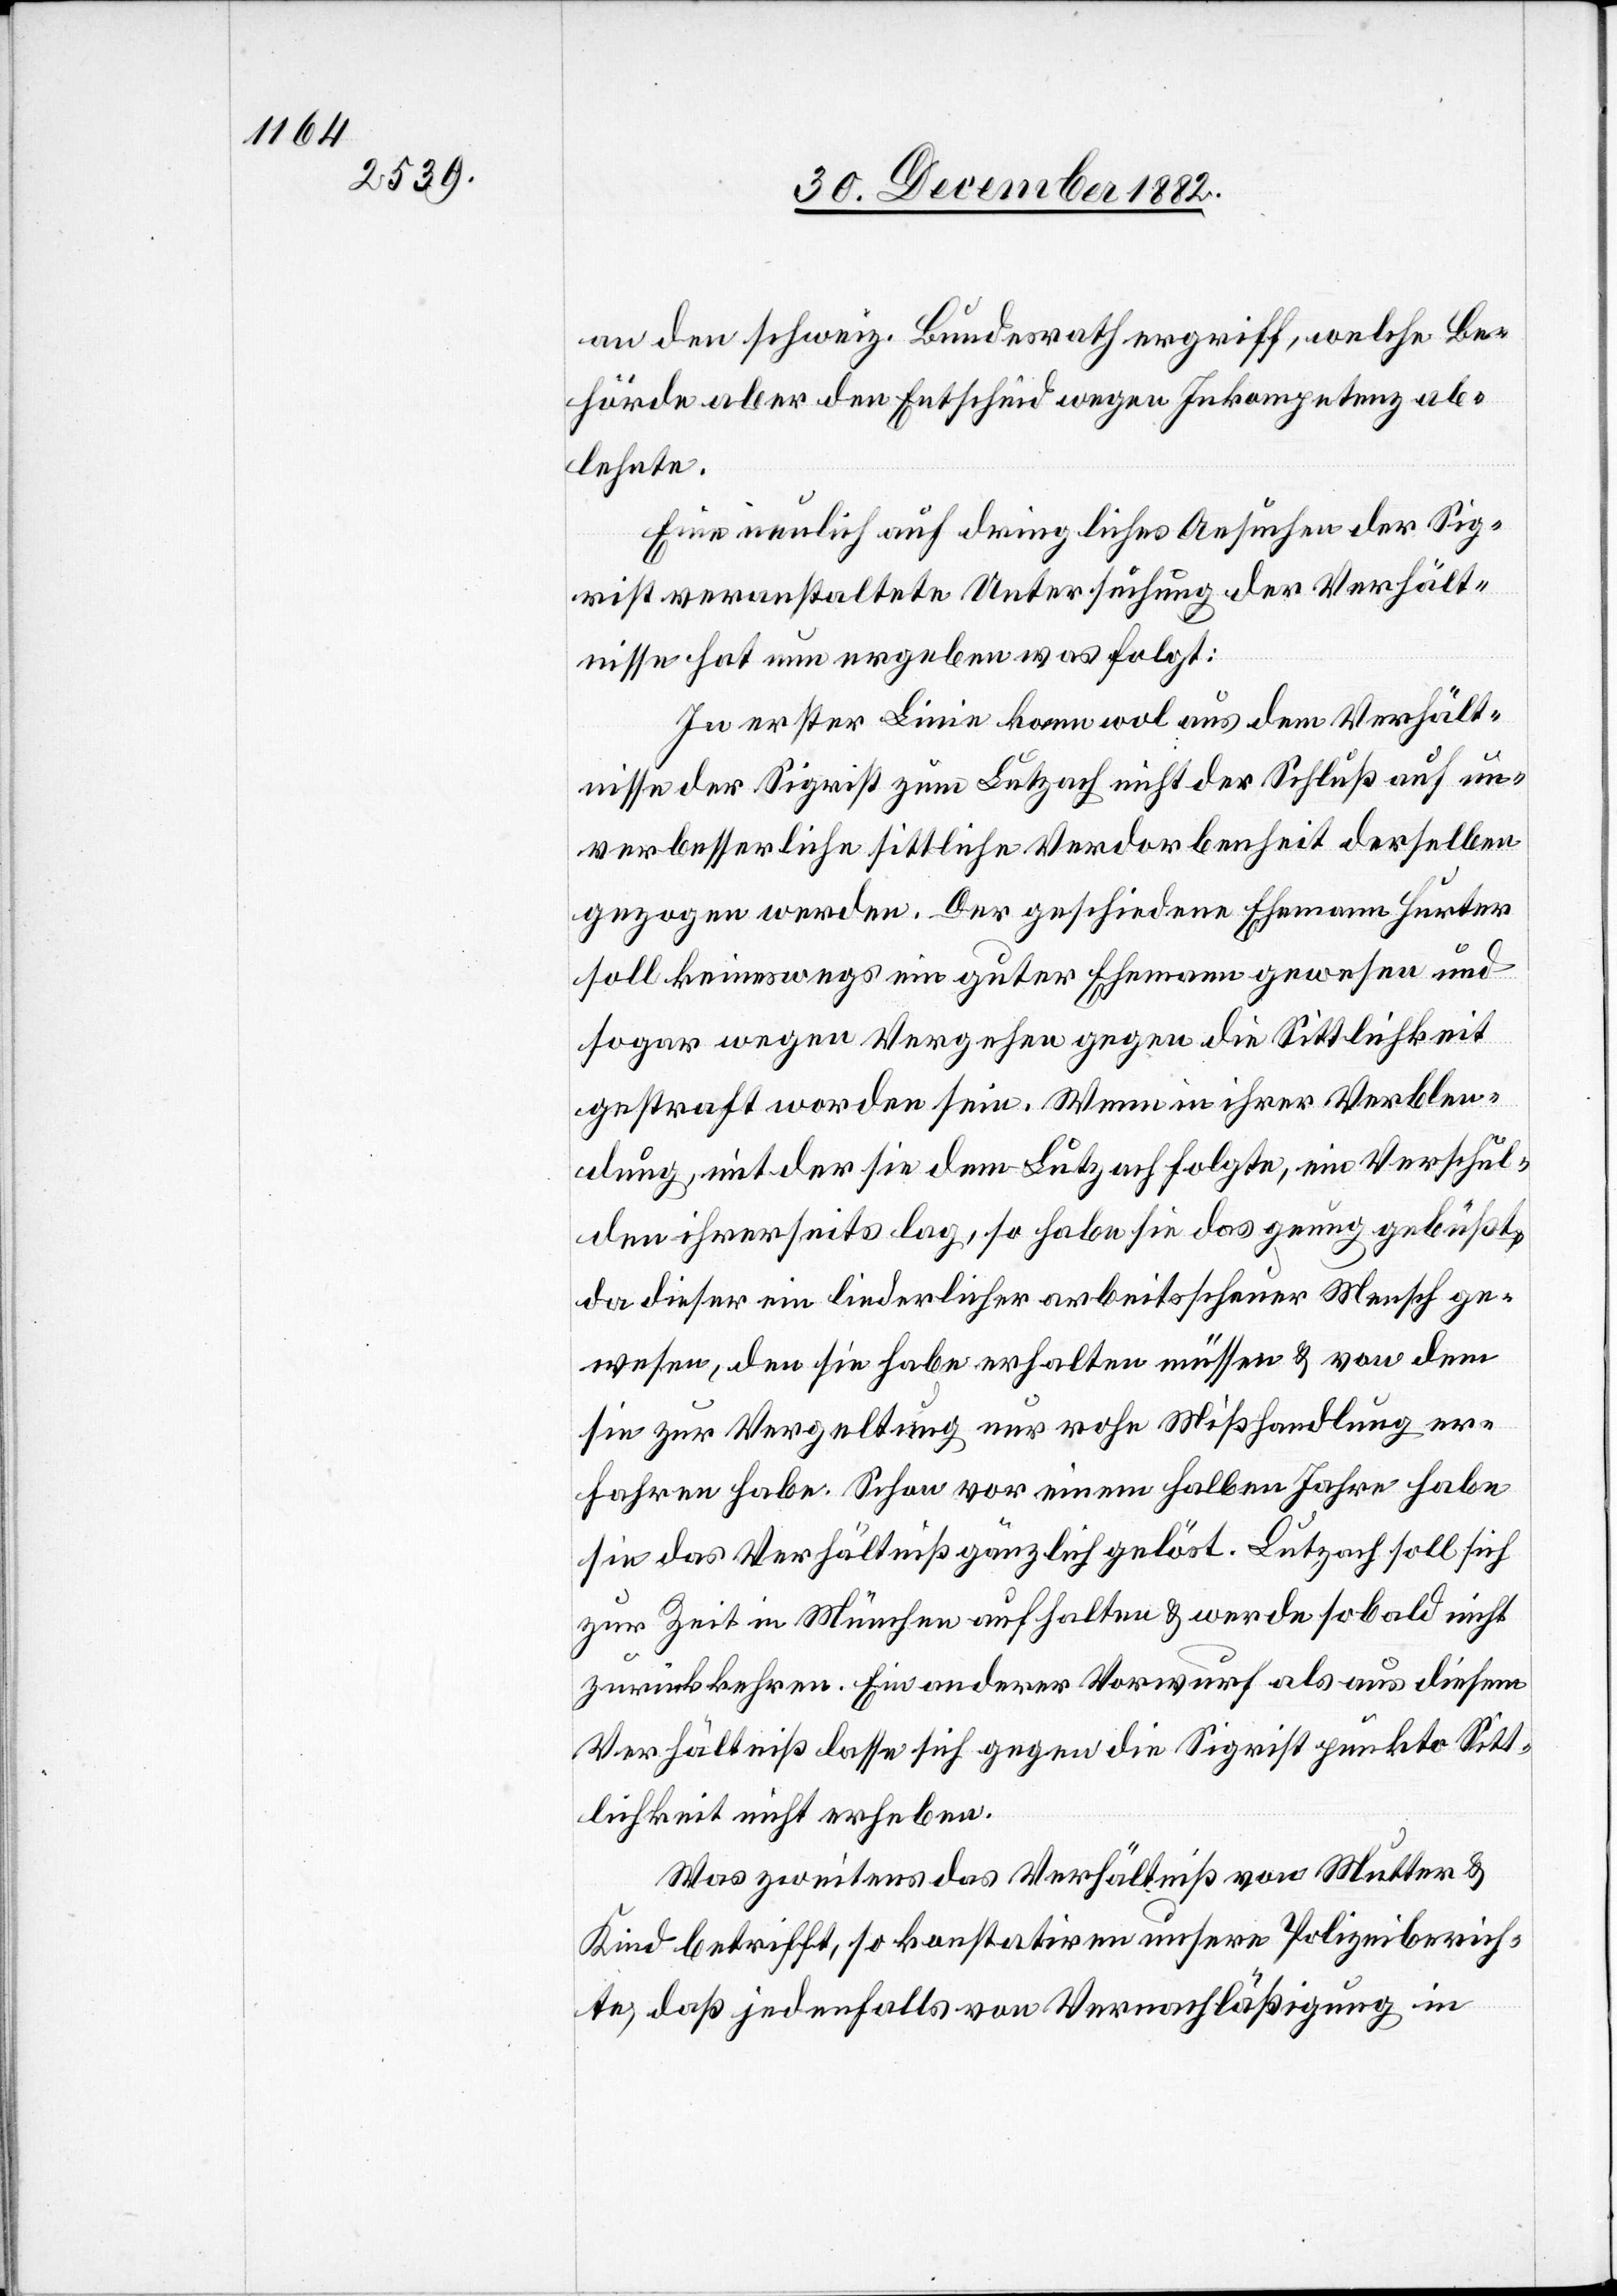
an den schweiz. Bundesrath ergriff, welche Be¬
hörde dann aber den Entscheid wegen Inkompetenz ab¬
lehnte.
Eine neulich auf dringliches Ansuchen der Sig¬
rist veranstaltete Untersuchung der Verhält¬
nisse hat nun ergeben was folgt:
In erster Linie kann wol aus dem Verhält¬
nisse der Sigrist zum Lutzach nicht der Schluß auf un¬
verbesserliche sittliche Verdorbenheit derselben
gezogen werden. Der geschiedene Ehemann Hurter
soll keineswegs ein guter Ehemann gewesen und
sogar wegen Vergehen gegen die Sittlichkeit
gestraft worden sein. Wenn in ihrer Verblen¬
dung, mit der sie dem Lutzach folgte, ein Verschul¬
den ihrerseits lag, so habe sie das genug gebüßt,
da dieser ein liederlicher arbeitsscheuer Mensch ge¬
wesen, den sie habe erhalten müssen & von dem
sie zur Vergeltung nur rohe Mißhandlung er¬
fahren habe. Schon vor einem halben Jahre habe
sie das Verhältniß gänzlich gelöst. Lutzach soll sich
zur Zeit in München aufhalten & werde sobald nicht
zurückkehren. Ein anderer Vorwurf als aus diesem
Verhältniß lasse sich gegen die Sigrist punkto Sitt¬
lichkeit nicht erheben.
Was zweitens das Verhältniß von Mutter &
Kind betrifft, so konstatiren unsere Polizeiberich¬
te, daß jedenfalls von Vernachläßigung in